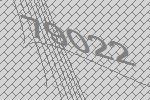
79022